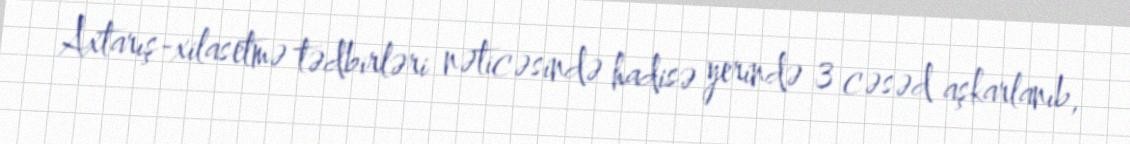
Axtarış-xilasetmə tədbirləri nəticəsində hadisə yerində 3 cəsəd aşkarlanıb,